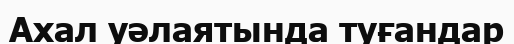
Ахал уәлаятында туғандар